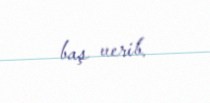
baş verib.